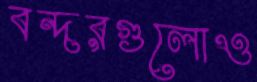
বন্দরগুলোও